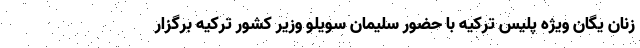
زنان یگان ویژه پلیس ترکیه با حضور سلیمان سویلو وزیر کشور ترکیه برگزار